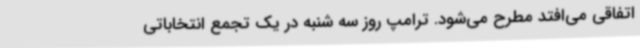
اتفاقی می‌افتد مطرح می‌شود. ترامپ روز سه شنبه در یک تجمع انتخاباتی